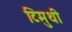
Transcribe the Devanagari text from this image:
टिमुथी